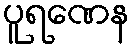
ပူရဏေန